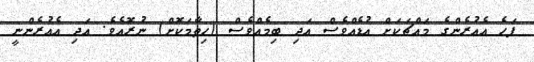
ފަހެ އެއުރެންގެ މައްޗަކަށް އުޑެއްވެސް އަދި ބިމެއްވެސް (ހިތާމަކޮށް) ނުރޮއެވެ. އަދި އެއުރެންނީ